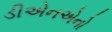
ડીએનએનો